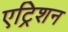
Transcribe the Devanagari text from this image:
एट्रिशन